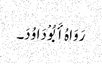
رَوَاہُ أَبُوْ دَاوُدَ۔